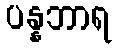
ပန္နဘာရ